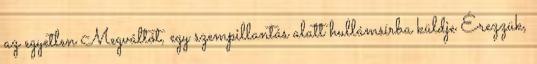
az egyetlen Megváltót, egy szempillantás alatt hullámsírba küldje Érezzük,